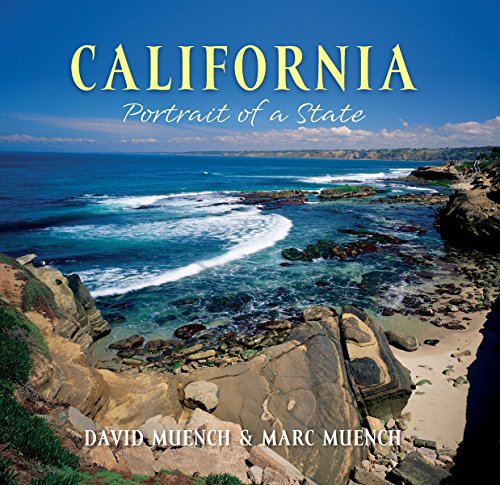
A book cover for California: Portrait of a State (Portrait of a Place); David Muench; Travel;